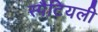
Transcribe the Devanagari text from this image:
स्पैटियली